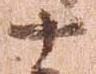
十